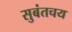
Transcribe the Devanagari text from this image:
सुबंतचय